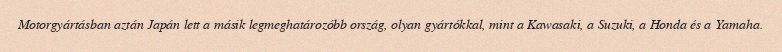
Motorgyártásban aztán Japán lett a másik legmeghatározóbb ország, olyan gyártókkal, mint a Kawasaki, a Suzuki, a Honda és a Yamaha.